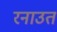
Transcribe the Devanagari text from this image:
रनाउत